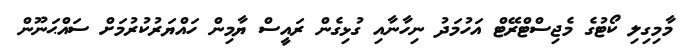
މާމިގިލި ކޯޓުގެ މެޖިސްޓްރޭޓް އަހުމަދު ނިހާނާއި ގުޅިގެން ރައީސް ޔާމިން ހައްޔަރުކުރުމަށް ސައްޙަނޫން